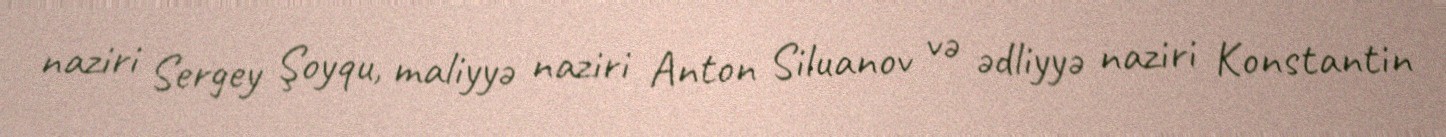
naziri Sergey Şoyqu, maliyyə naziri Anton Siluanov və ədliyyə naziri Konstantin